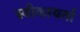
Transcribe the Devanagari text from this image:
स्वीकायर्ता